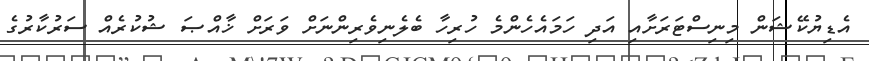
އެޑިޔުކޭޝަން މިނިސްޓަރަށާއި އަދި ހަމައެހެންމެ ހުރިހާ ބެލެނިވެރިންނަށް ވަރަށް ޚާއްޞަ ޝުކުރެއް ސަރުކާރުގެ